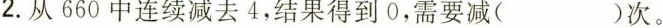
2.从660中连续减去4，结果得到0，需要减（）次。